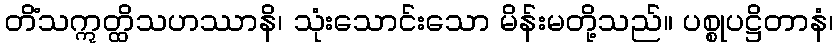
တိံသဣတ္ထိသဟဿာနိ၊ သုံးသောင်းသော မိန်းမတို့သည်။ ပစ္စုပဋ္ဌိတာနံ၊